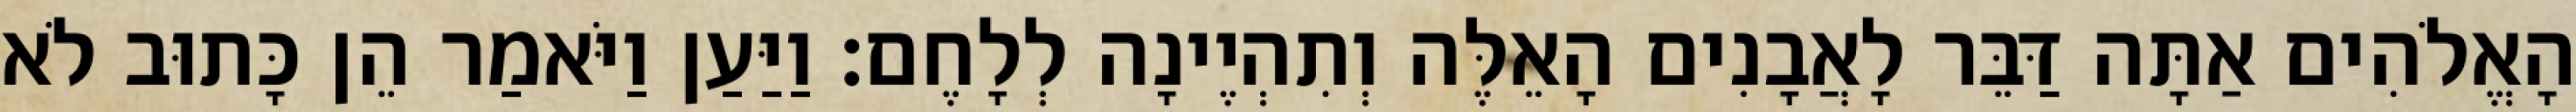
הָאֱלֹהִים אַתָּה דַּבֵּר לָאֲבָנִים הָאֵלֶּה וְתִהְיֶינָה לְלָחֶם׃ וַיַּעַן וַיֹּאמַר הֵן כָּתוּב לֹא